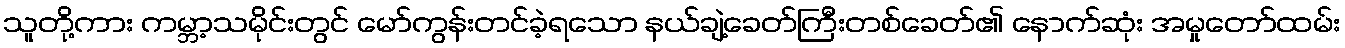
သူတို့ကား ကမ္ဘာ့သမိုင်းတွင် မော်ကွန်းတင်ခဲ့ရသော နယ်ချဲ့ခေတ်ကြီးတစ်ခေတ်၏ နောက်ဆုံး အမှုတော်ထမ်း